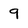
Character: 9